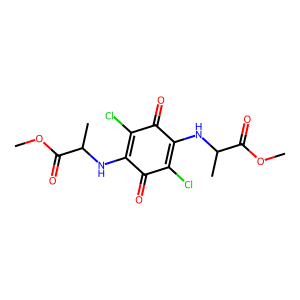
SMILES: COC(=O)C(C)NC1=C(Cl)C(=O)C(NC(C)C(=O)OC)=C(Cl)C1=O
Inhibits HIV replication: No